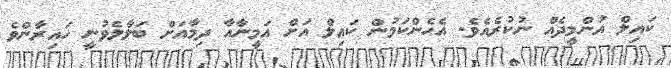
ކައިލް އުންމީދެއް ނުކުރެއެވެ. އެހެންކަމުން ކައިލް އަށް އަމީނާއާ ދިމާއަށް ބަލާލެވުނީ ހައިރާންވެ